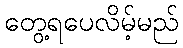
တွေ့ရပေလိမ့်မည်